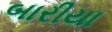
બારીયા